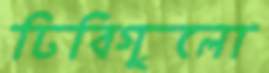
ঢিবিগুলো